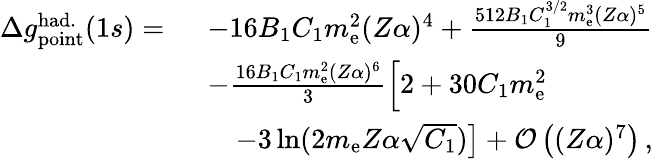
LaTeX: \begin{array}{rl}{\Delta{g}_{\mathrm{point}}^{\mathrm{had.}}(1s)=\ }&{-16B_{1}C_{1}m_{\mathrm{e}}^{2}(Z\alpha)^{4}+\frac{512B_{1}C_{1}^{3/2}m_{\mathrm{e}}^{3}(Z\alpha)^{5}}{9}}\\ &{-\frac{16B_{1}C_{1}m_{\mathrm{e}}^{2}(Z\alpha)^{6}}{3}\Big[2+30C_{1}m_{\mathrm{e}}^{2}}\\ &{\left.\quad-3\ln(2m_{\mathrm{e}}Z\alpha\sqrt{C_{1}})\right]+\mathcal{O}\left((Z\alpha)^{7}\right)\, ,}\end{array}